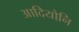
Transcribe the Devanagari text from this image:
आदियोनि